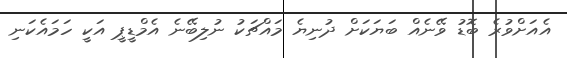
އެއަށްވުރެ ބޮޑު ވޭނެއް ބަޔަކަށް ދުނިޔެ މައްޗަކު ނުލިބޭނެ އެމްޑީޕީ އަކީ ހަމައެކަނި